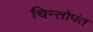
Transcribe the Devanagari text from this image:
चिन्तोपंत